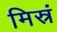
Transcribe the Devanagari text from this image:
मिस्रं